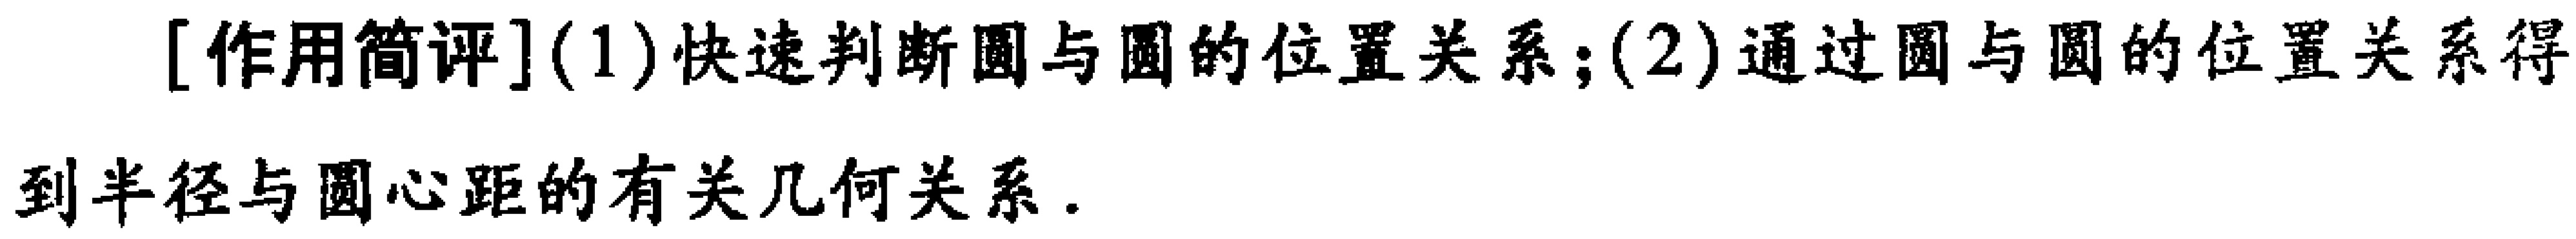
[作用简评](1)快速判断圆与圆的位置关系；(2)通过圆与圆的位置关系得到半径与圆心距的有关几何关系.